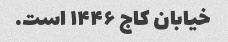
خیابان کاج ۱۴۴۶ است.